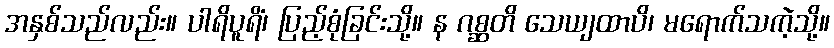
အနှစ်သည်လည်း။ ပါရိပူရိံ၊ ပြည့်စုံခြင်းသို့။ န ဂစ္ဆတိ သေယျထာပိ၊ မရောက်သကဲ့သို့။